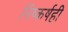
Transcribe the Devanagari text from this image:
निष्कर्षही